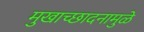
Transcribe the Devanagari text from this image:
मुखाच्छादनामुळे